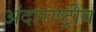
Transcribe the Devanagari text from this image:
अंदाराष्ट्रीय